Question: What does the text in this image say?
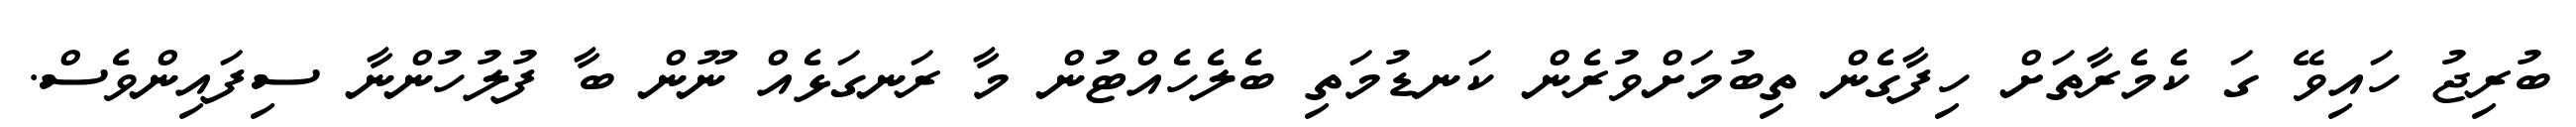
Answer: ބުރިޖު ހައިވޭ ގަ ކެމެރާތަށް ހިފާގެން ތިބުމަށްވުރެން ކަނޑުމަތި ބެލެހެއްޓުން މާ ރަނގަޅެއް ނޫން ބާ ފުލުހުންނާ ސިފައިންވެސް.